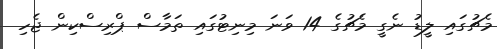
މެޗުގައި ލީޑު ނެގީ މެޗުގެ 14 ވަނަ މިނިޓުގައި ތަމާސް ޕްރިސްކިން ޖެހި